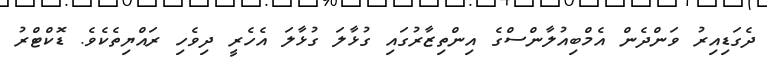
ދެގަޑިއިރު ވަންދެން އެމްބިއުލާންސްގެ އިންތިޒާރުގައި ގުޅާލަ ގުޅާލަ އެހެރީ ދިވެހި ރައްޔިތެކެވެ. ޑޮކްޓްރު